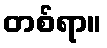
တစ်ရာ။